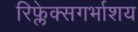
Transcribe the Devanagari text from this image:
रिफ्लेक्सगर्भाशय